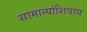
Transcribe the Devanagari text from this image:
सामान्यांशिवाय